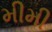
મીમી